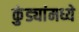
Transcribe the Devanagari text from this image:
कुंड्यांमध्ये